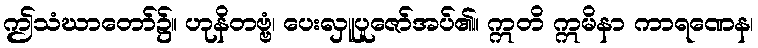
ဤသံဃာတော်၌။ ဟုနိတဗ္ဗံ၊ ပေးလှူပူဇော်အပ်၏။ ဣတိ ဣမိနာ ကာရဏေန၊